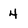
Character: 4